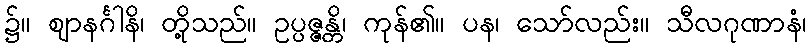
၌။ ဈာနင်္ဂါနိ၊ တို့သည်။ ဥပ္ပဇ္ဇန္တိ၊ ကုန်၏။ ပန၊ သော်လည်း။ သီလဂုဏာနံ၊